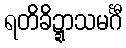
ရတိခိဍ္ဍာသမင်္ဂီ